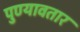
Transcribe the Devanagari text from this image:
पुण्यावतार